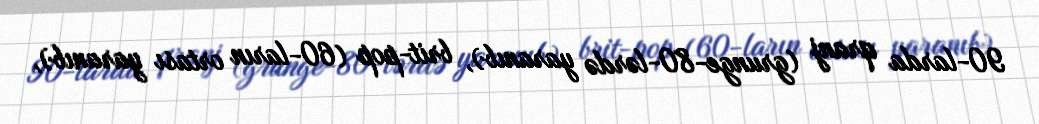
90-larda qranj (grunge-80-lərdə yaranıb), brit-pop (60-ların ortası yaranıb),